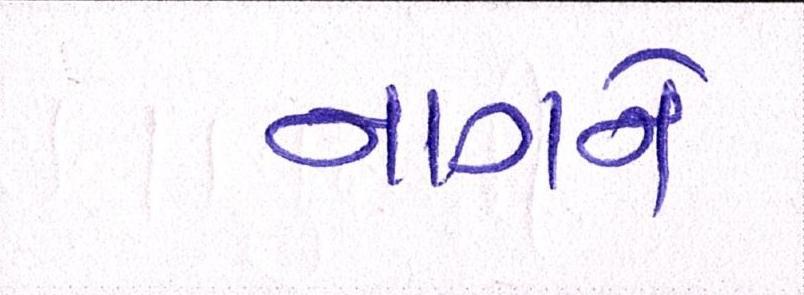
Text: નાગને